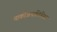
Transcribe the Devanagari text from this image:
नार्कोअनालिसिस